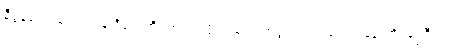
နီပွန်ဖေါင်ဒေးရှင်းနဲ့ ဒီကေဘီအေ ကလို့ထူးဘောအဖွဲ့၊ အဖွဲ့ရယ်၊ ကျနော်တို့ဝန်ကြီးရယ်